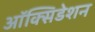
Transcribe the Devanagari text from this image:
ऑक्सिडेशन